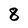
Character: 8